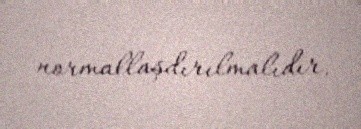
normallaşdırılmalıdır.